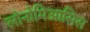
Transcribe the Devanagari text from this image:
लोनोमिआसिस